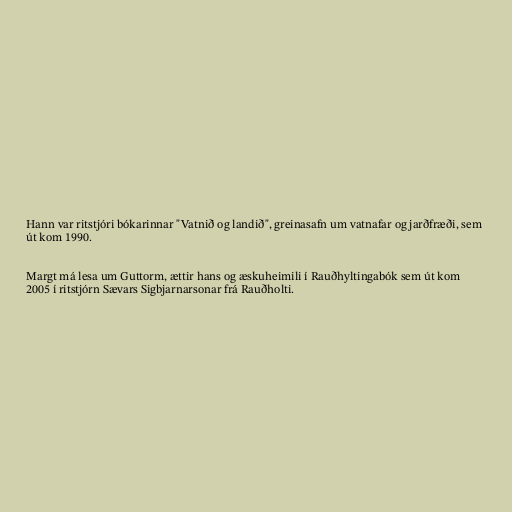
Hann var ritstjóri bókarinnar "Vatnið og landið", greinasafn um vatnafar og jarðfræði, sem
út kom 1990.

Margt má lesa um Guttorm, ættir hans og æskuheimili í Rauðhyltingabók sem út kom
2005 í ritstjórn Sævars Sigbjarnarsonar frá Rauðholti.